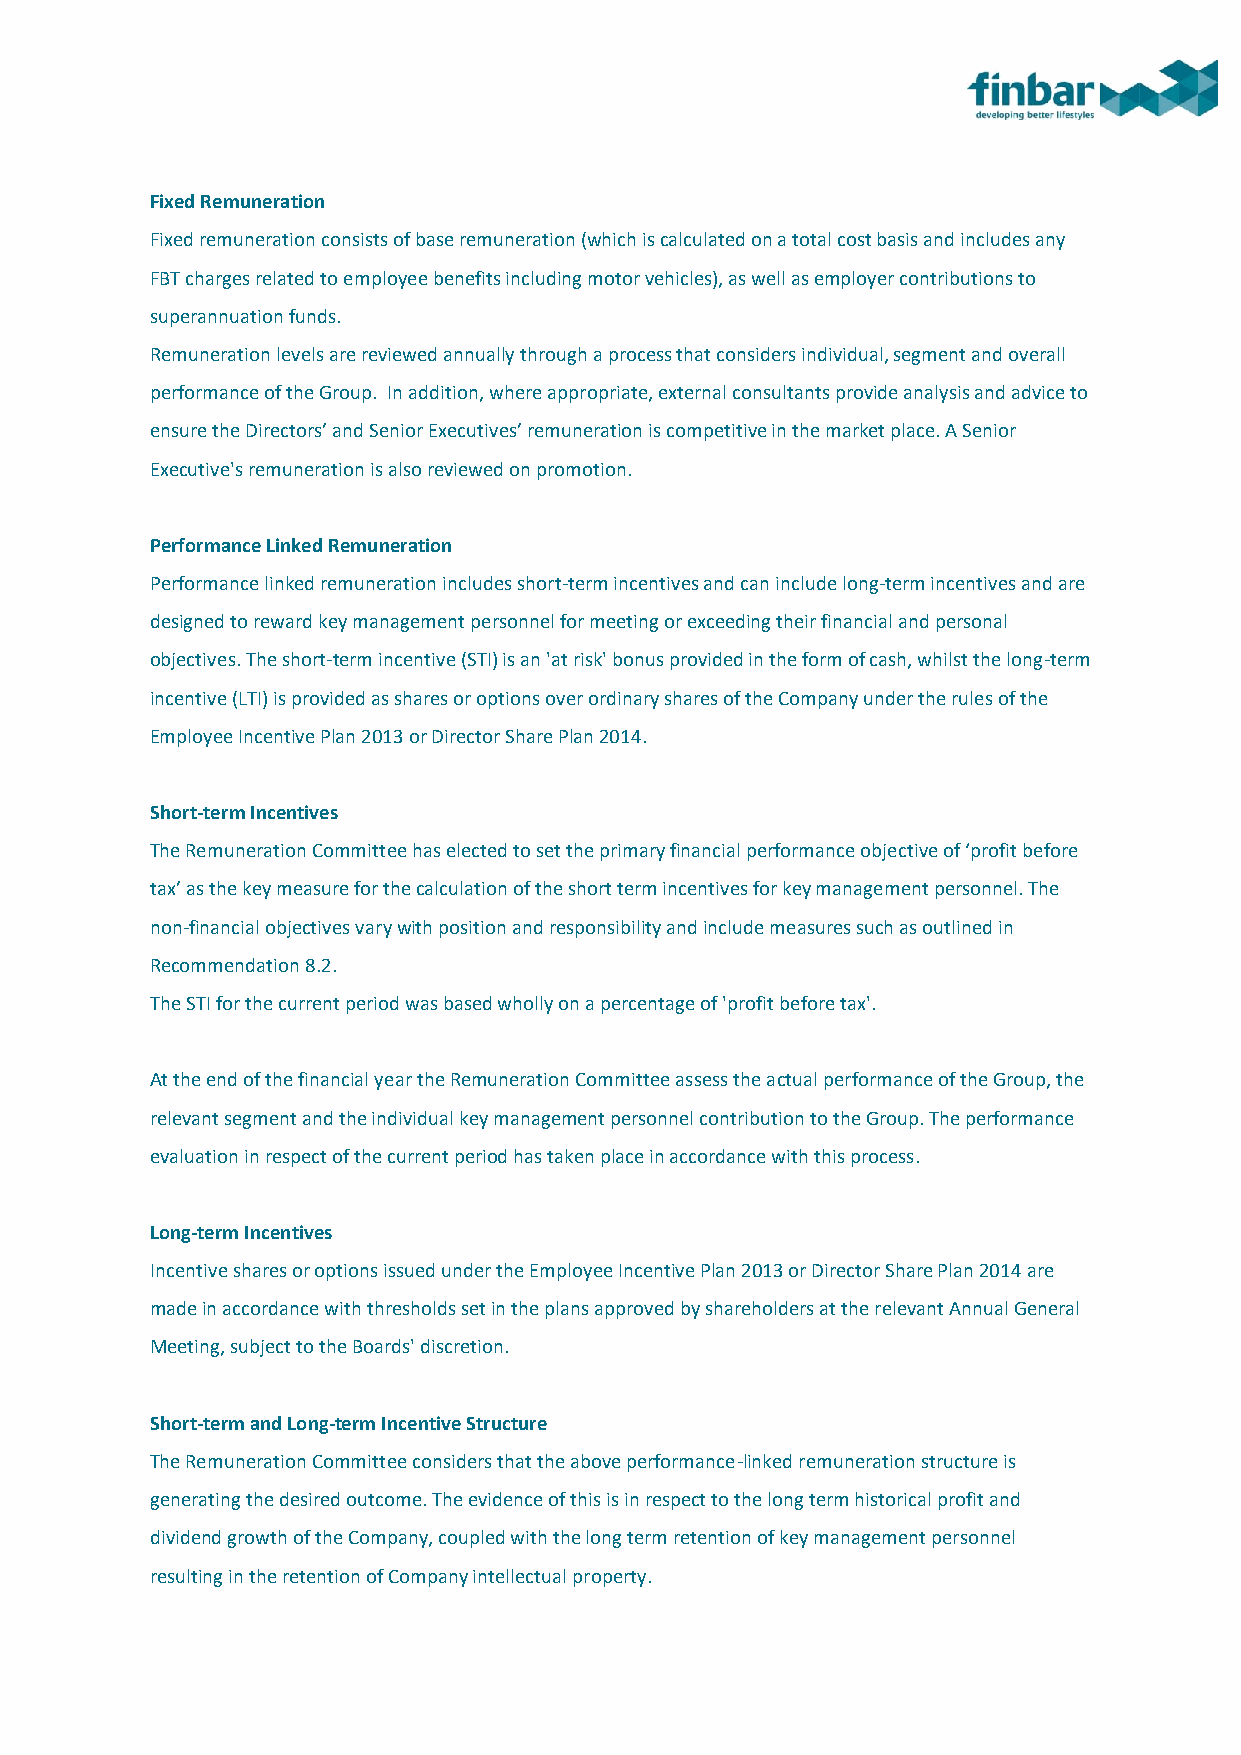
Fixed Remuneration
 Fixed remuneration consists of base remuneration (which is calculated on a total cost basis and includes any
 FBT charges related to employee benefits including motor vehicles), as well as employer contributions to
 superannuation funds.
 Remuneration levels are reviewed annually through a process that considers individual, segment and overall
 performance of the Group. In addition, where appropriate, external consultants provide analysis and advice to
 ensure the Directors’ and Senior Executives’ remuneration is competitive in the market place. A Senior
 Executive's remuneration is also reviewed on promotion.
 Performance Linked Remuneration
 Performance linked remuneration includes short-term incentives and can include long-term incentives and are
 designed to reward key management personnel for meeting or exceeding their financial and personal
 objectives. The short-term incentive (STI) is an 'at risk' bonus provided in the form of cash, whilst the long-term
 incentive (LTI) is provided as shares or options over ordinary shares of the Company under the rules of the
 Employee Incentive Plan 2013 or Director Share Plan 2014.
 Short-term Incentives
 The Remuneration Committee has elected to set the primary financial performance objective of ‘profit before
 tax’ as the key measure for the calculation of the short term incentives for key management personnel. The
 non-financial objectives vary with position and responsibility and include measures such as outlined in
 Recommendation 8.2.
 The STI for the current period was based wholly on a percentage of 'profit before tax'.
 At the end of the financial year the Remuneration Committee assess the actual performance of the Group, the
 relevant segment and the individual key management personnel contribution to the Group. The performance
 evaluation in respect of the current period has taken place in accordance with this process.
 Long-term Incentives
 Incentive shares or options issued under the Employee Incentive Plan 2013 or Director Share Plan 2014 are
 made in accordance with thresholds set in the plans approved by shareholders at the relevant Annual General
 Meeting, subject to the Boards' discretion.
 Short-term and Long-term Incentive Structure
 The Remuneration Committee considers that the above performance-linked remuneration structure is
 generating the desired outcome. The evidence of this is in respect to the long term historical profit and
 dividend growth of the Company, coupled with the long term retention of key management personnel
 resulting in the retention of Company intellectual property.